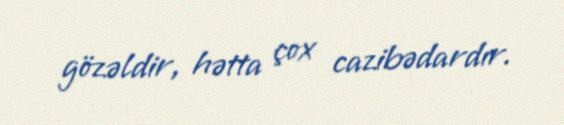
gözəldir, hətta çox cazibədardır.